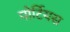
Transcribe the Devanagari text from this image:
पोर्टियस